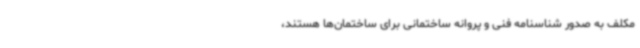
مکلف به صدور شناسنامه فنی و پروانه ساختمانی برای ساختمان‌ها هستند،